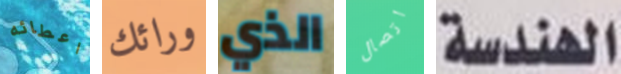
اعطائه ورائك الذي اتصال الهندسة